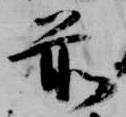
前